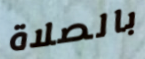
بالصلاة